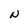
Character: N